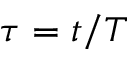
\tau = t / T